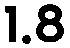
1.8